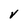
Character: V